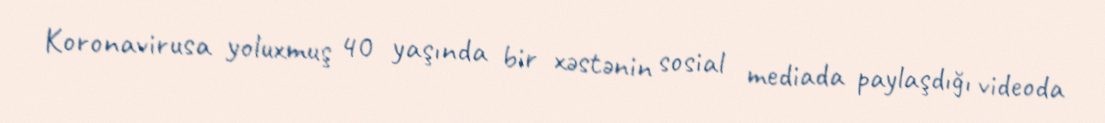
Koronavirusa yoluxmuş 40 yaşında bir xəstənin sosial mediada paylaşdığı videoda